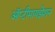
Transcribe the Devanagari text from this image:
ऑप्टीमायझेशन